Vabadussoja_Ajaloo_Komitee, lk 29
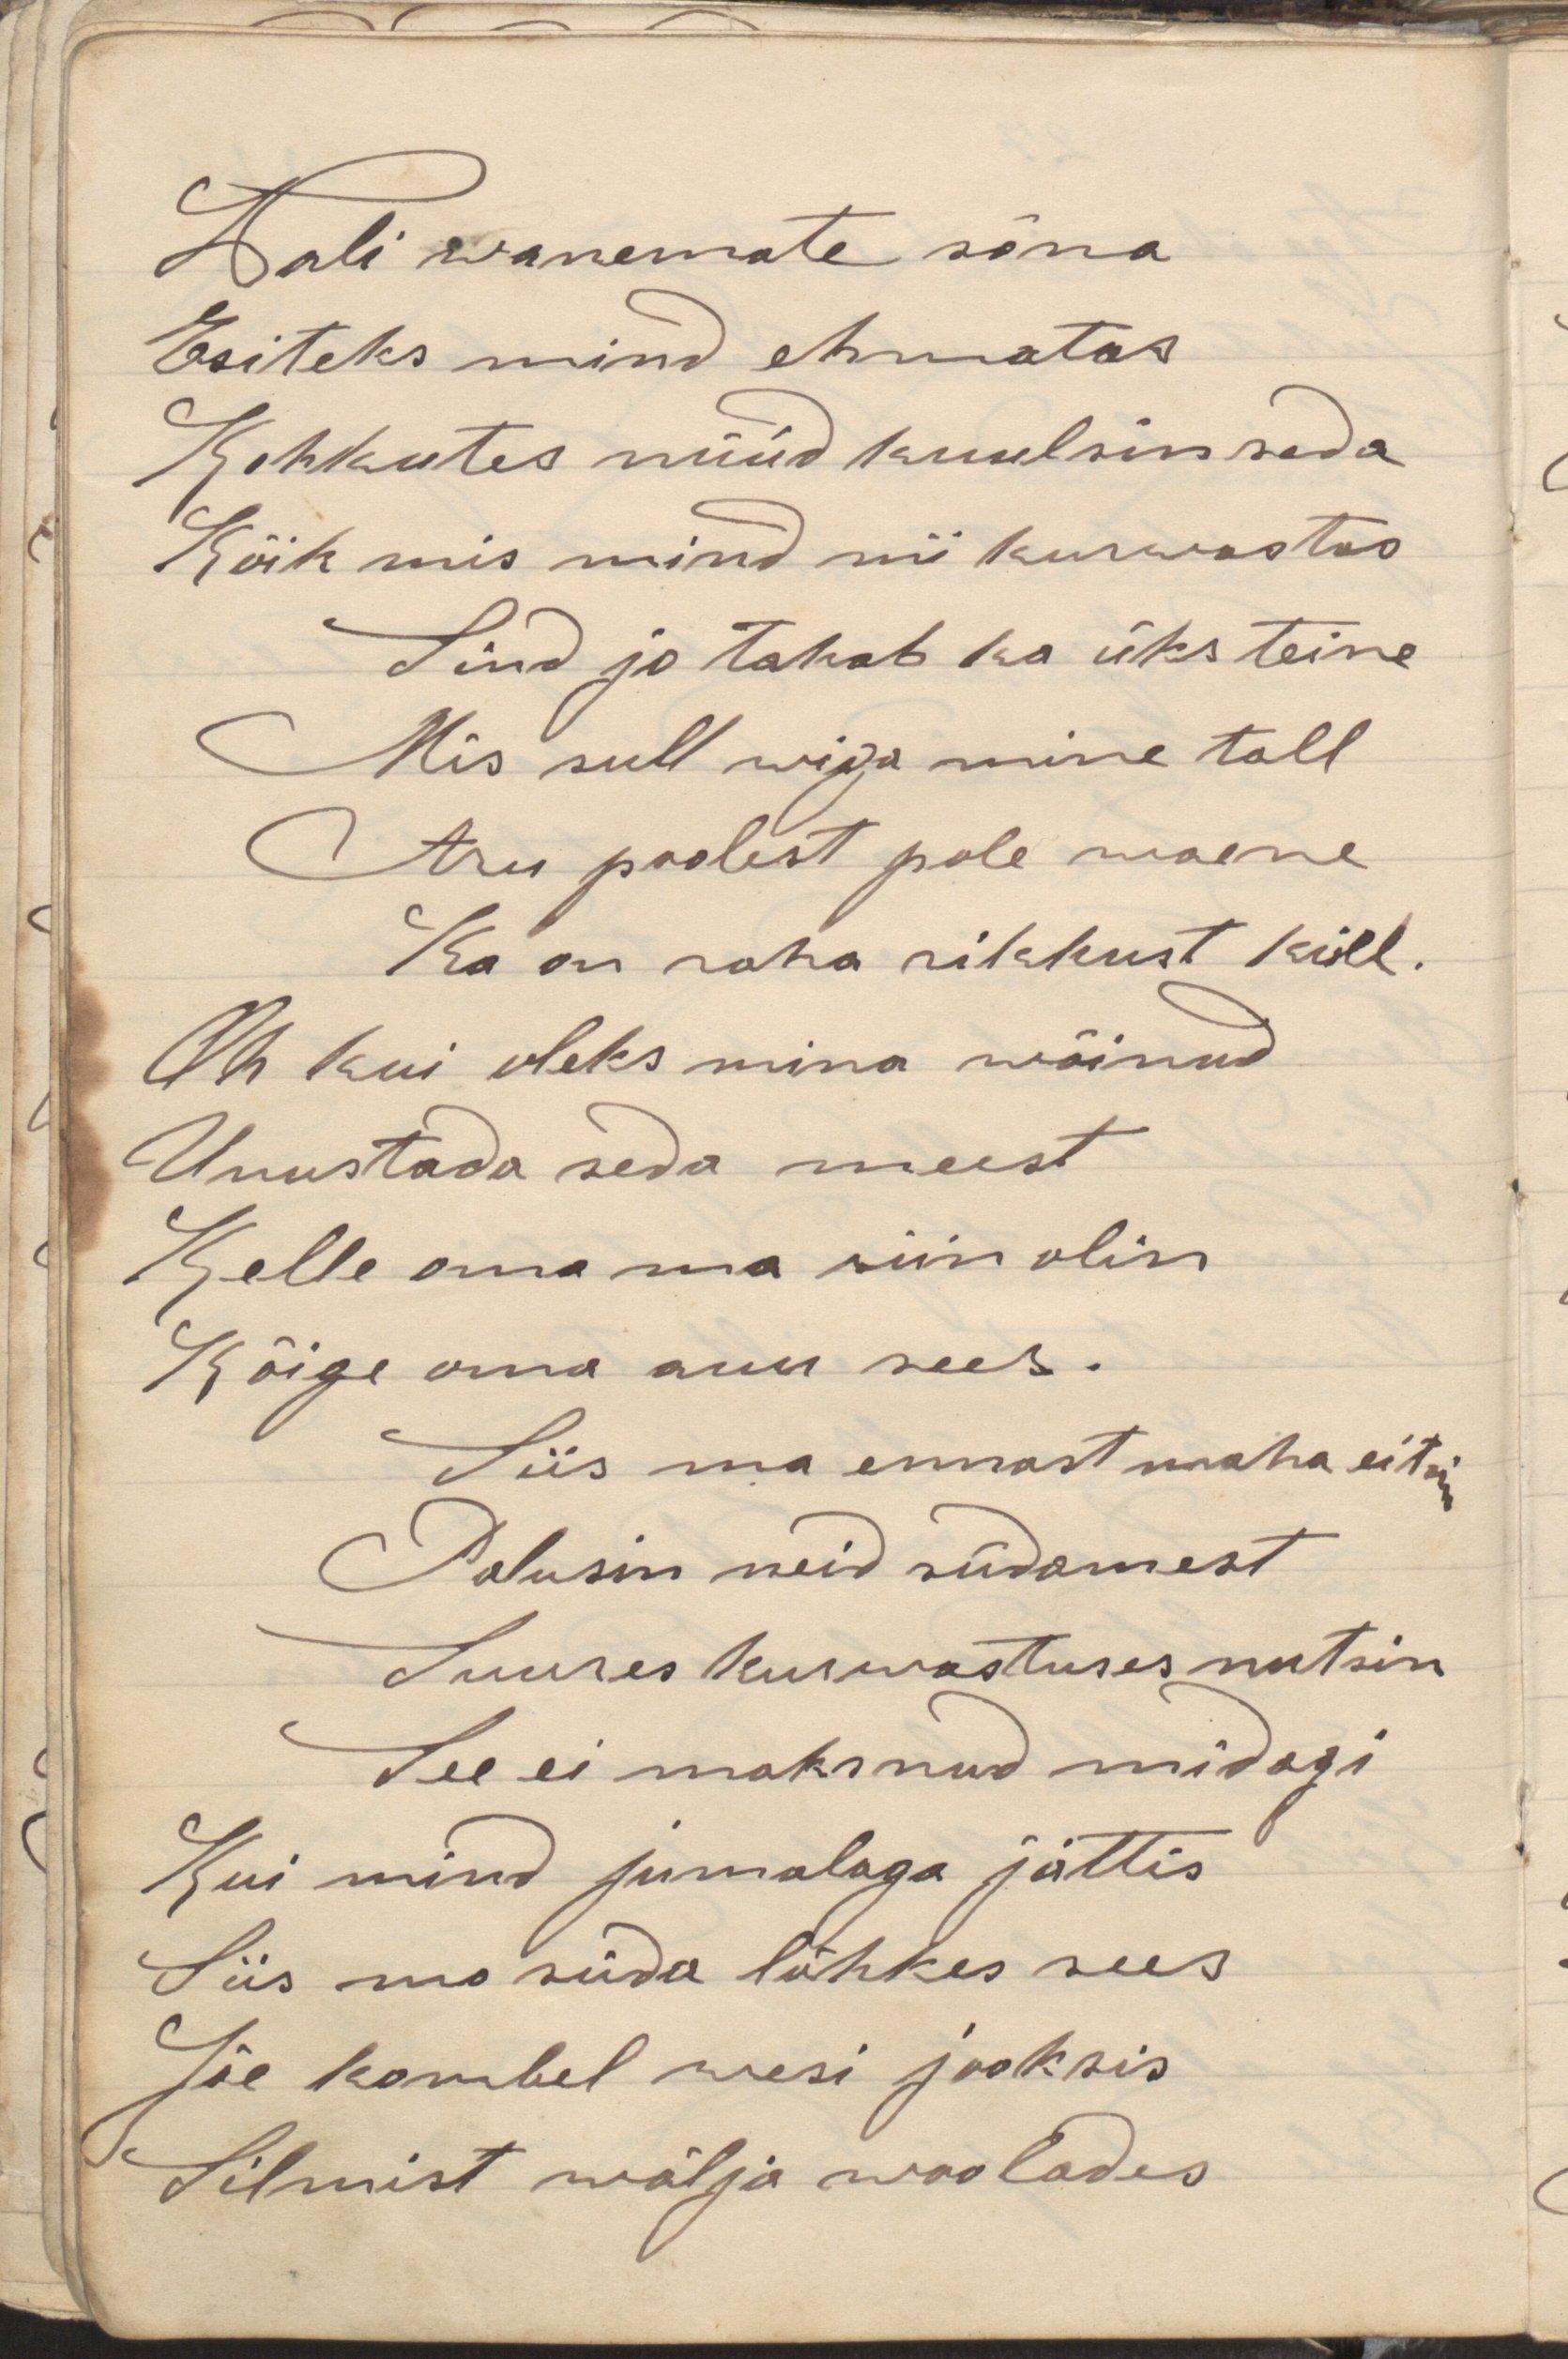
Wali wanemate sõna
Esiteks mind ehmatas
Kohkutes nüüd kuulsin seda
Kõik mis mind nii kurwastas
Sind ju tahab ka üks teine
Mis sull wiga mine tall
Aru poolest pole waene
Ka on raha rikkust küll.
Oh kui oleks mina wõinud
Unustada seda meest
Kelle oma ma siin olin
Kõige oma auu sees.
Siis ma ennast maha eitan
Palusin neid südamest
Suures kurwastuses nutsin
See ei maksnud midagi
Kui mind jumalaga jättis
Siis mu süda lõhkes sees
Jõe kombel wesi jooksis
Silmist wälja woolades